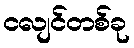
ငလျင်တစ်ခု